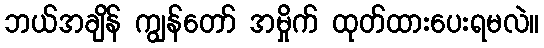
ဘယ်အချိန် ကျွန်တော် အမှိုက် ထုတ်ထားပေးရမလဲ။